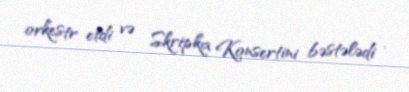
orkestr etdi və Skripka Konsertini bəstələdi .